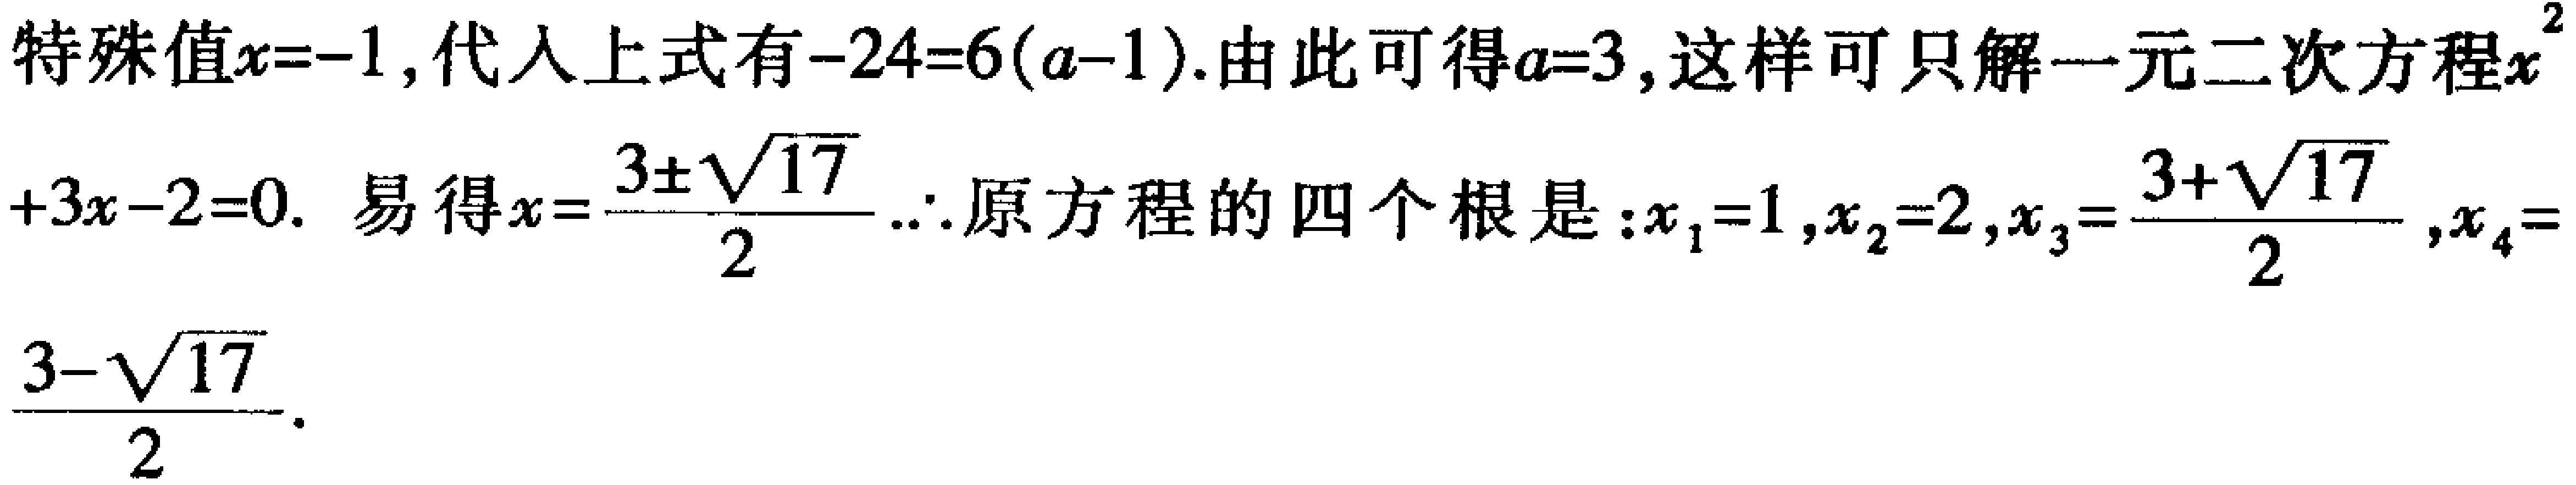
特殊值\(x = - 1\)，代入上式有\(-24 = 6(a - 1)\)。由此可得\(a = 3\)，这样可只解一元二次方程\(x^{2}+3x - 2 = 0\)。易得\(x=\frac{3\pm\sqrt{17}}{2}\) \(\therefore\)原方程的四个根是：\(x_{1}=1\)，\(x_{2}=2\)，\(x_{3}=\frac{3 + \sqrt{17}}{2}\)，\(x_{4}=\frac{3 - \sqrt{17}}{2}\)。